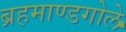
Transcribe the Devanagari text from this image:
ब्रहमाण्डगोले